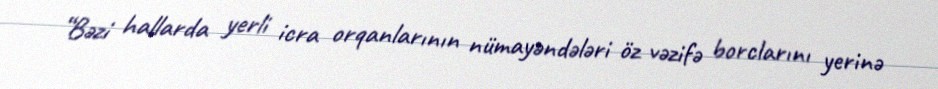
“Bəzi hallarda yerli icra orqanlarının nümayəndələri öz vəzifə borclarını yerinə